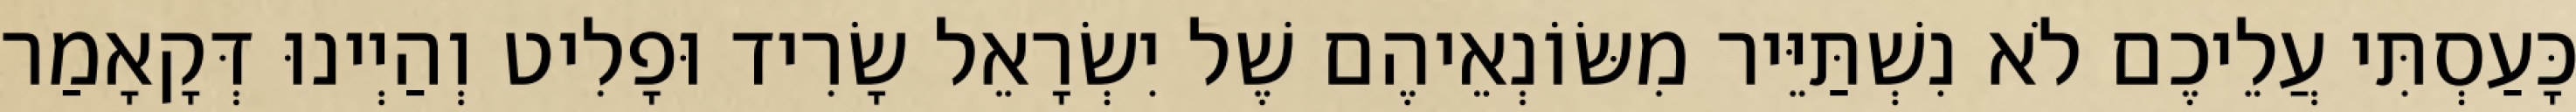
כָּעַסְתִּי עֲלֵיכֶם לֹא נִשְׁתַּיֵּיר מִשּׂוֹנְאֵיהֶם שֶׁל יִשְׂרָאֵל שָׂרִיד וּפָלִיט וְהַיְינוּ דְּקָאָמַר